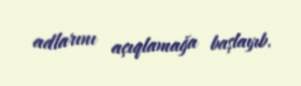
adlarını açıqlamağa başlayıb.